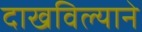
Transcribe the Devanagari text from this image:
दाखविल्याने